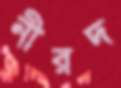
নীরদ